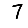
Digit: 7